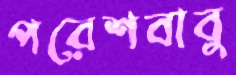
পরেশবাবু